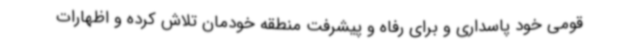
قومی خود پاسداری و برای رفاه و پیشرفت منطقه خودمان تلاش کرده و اظهارات